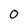
Character: 0